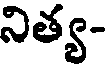
నిత్య-